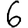
Digit: 6